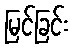
မြင်ခြင်း